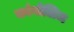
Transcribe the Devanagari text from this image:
कांगोलिज